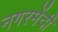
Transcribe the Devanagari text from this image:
नगरमेंदी